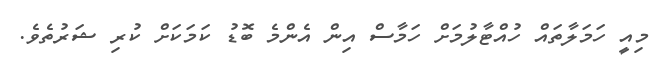
މިއީ ހަމަލާތައް ހުއްޓާލުމަށް ހަމާސް އިން އެންމެ ބޮޑު ކަމަކަށް ކުރި ޝަރުތެވެ.